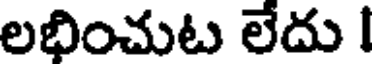
లభించుట లేదు I